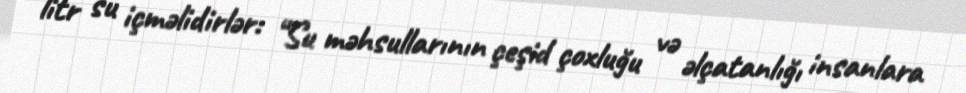
litr su içməlidirlər: “Su məhsullarının çeşid çoxluğu və əlçatanlığı insanlara